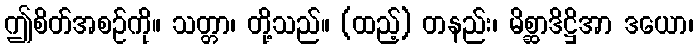
ဤစိတ်အစဉ်ကို။ သတ္တာ၊ တို့သည်။ (ထည့်) တနည်း၊ မိစ္ဆာဒိဋ္ဌိအာ ဒယော၊